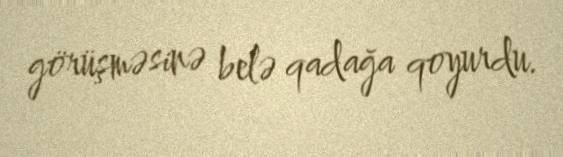
görüşməsinə belə qadağa qoyurdu.